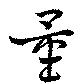
量